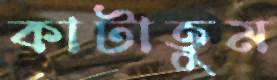
কাটাতুম